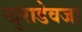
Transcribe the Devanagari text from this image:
खुराडेवजा